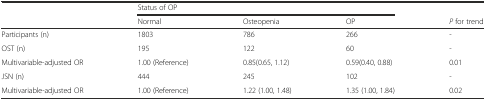
<table><thead><tr><td></td><td colspan="3"><b>Status of OP</b></td><td></td></tr><tr><td></td><td><b>Normal</b></td><td><b>Osteopenia</b></td><td><b>OP</b></td><td><b><i>P</i> for trend</b></td></tr></thead><tbody><tr><td>Participants (n)</td><td>1803</td><td>786</td><td>266</td><td>-</td></tr><tr><td>OST (n)</td><td>195</td><td>122</td><td>60</td><td>-</td></tr><tr><td>Multivariable-adjusted OR</td><td>1.00 (Reference)</td><td>0.85(0.65, 1.12)</td><td>0.59(0.40, 0.88)</td><td>0.01</td></tr><tr><td>JSN (n)</td><td>444</td><td>245</td><td>102</td><td>-</td></tr><tr><td>Multivariable-adjusted OR</td><td>1.00 (Reference)</td><td>1.22 (1.00, 1.48)</td><td>1.35 (1.00, 1.84)</td><td>0.02</td></tr></tbody></table>